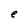
Character: e